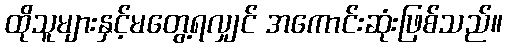
ထိုသူများနှင့်မတွေ့ရလျှင် အကောင်းဆုံးဖြစ်သည်။